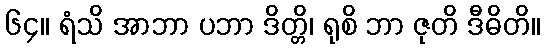
၆၄။ ရံသိ အာဘာ ပဘာ ဒိတ္တိ၊ ရုစိ ဘာ ဇုတိ ဒီဓိတိ။